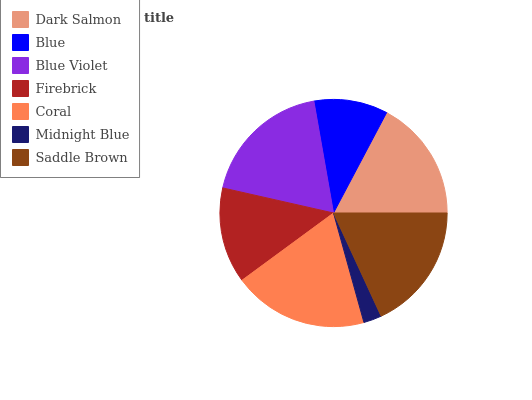
| Dark Salmon | Blue | Blue Violet | Firebrick | Coral | Midnight Blue | Saddle Brown |
 | --- | --- | --- | --- | --- | --- | --- |
 | 17.2% | 10.5% | 18.6% | 13.6% | 19.3% | 2.56% | 18.2% |